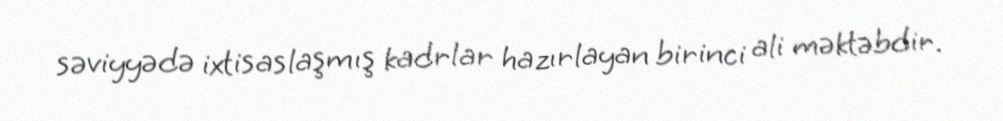
səviyyədə ixtisaslaşmış kadrlar hazırlayan birinci ali məktəbdir.